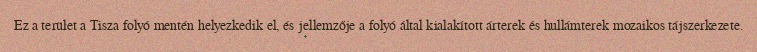
Ez a terület a Tisza folyó mentén helyezkedik el, és jellemzője a folyó által kialakított árterek és hullámterek mozaikos tájszerkezete.